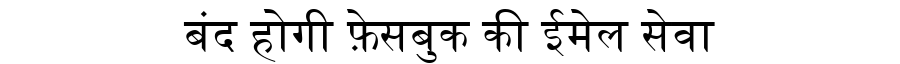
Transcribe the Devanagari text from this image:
बंद होगी फ़ेसबुक की ईमेल सेवा